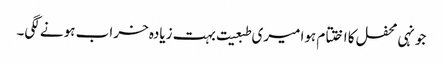
جونہی محفل کا اختتام ہوا میری طبعیت بہت زیادہ خراب ہونے لگی۔